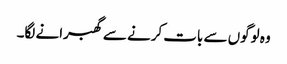
وہ لوگوں سے بات کرنے سے گھبرانے لگا۔